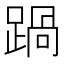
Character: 踻